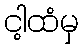
ငါ့ထံမှ